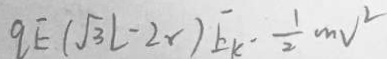
q E ( \sqrt { 3 } L - 2 r ) E k _ { - } \frac { 1 } { 2 } m v ^ { 2 }